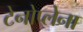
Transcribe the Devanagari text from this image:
टेनोप्लेना